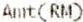
AMT(RM)